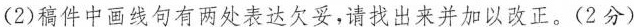
(2)稿件中画线句有两处表达欠妥，请找出来并加以改正。(2分)